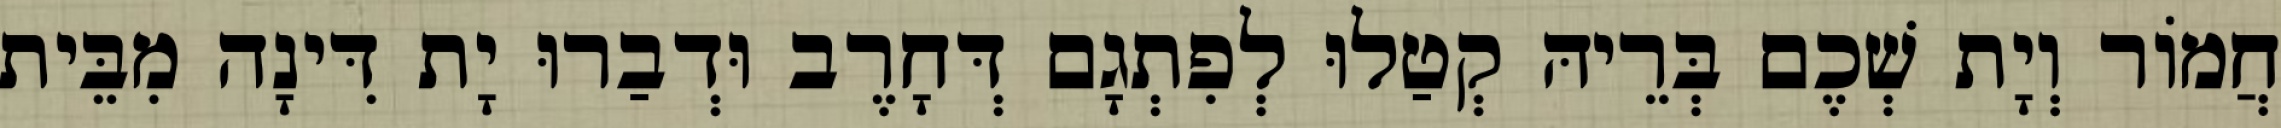
חֲמוֹר וְיָת שְׁכֶם בְּרֵיהּ קְטַלוּ לְפִתְגָם דְּחָרֶב וּדְבַרוּ יָת דִּינָה מִבֵּית